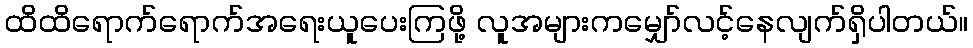
ထိထိရောက်ရောက်အရေးယူပေးကြဖို့ လူအများကမျှော်လင့်နေလျက်ရှိပါတယ်။